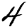
Digit: 4